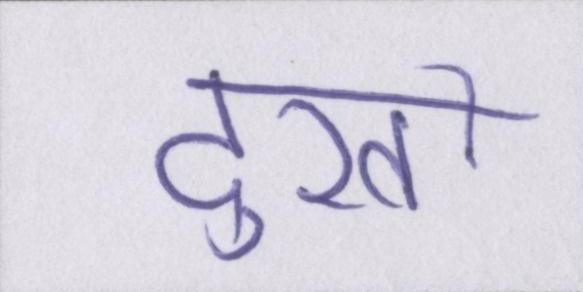
दुखों